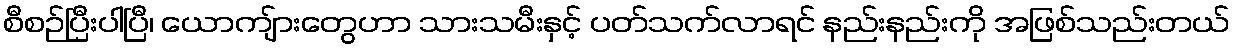
စီစဉ်ပြီးပါပြီ၊ ယောကျ်ားတွေဟာ သားသမီးနှင့် ပတ်သက်လာရင် နည်းနည်းကို အဖြစ်သည်းတယ်